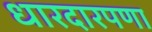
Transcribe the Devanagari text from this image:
धारदारपणा